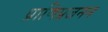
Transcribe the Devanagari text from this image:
प्राणिप्रजनन